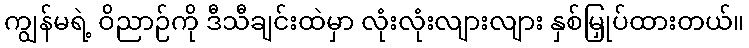
ကျွန်မရဲ့ ဝိညာဉ်ကို ဒီသီချင်းထဲမှာ လုံးလုံးလျားလျား နှစ်မြှုပ်ထားတယ်။